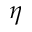
\eta